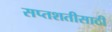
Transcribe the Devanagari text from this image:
सप्तशतीसाठी